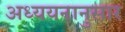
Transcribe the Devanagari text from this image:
अध्ययनानुसार